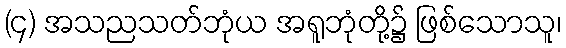
(၄) အသညသတ်ဘုံယ အရူဘုံတို့၌ ဖြစ်သောသူ၊